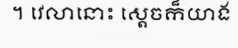
។ វេលានោះ ស្តេចក៏យាង